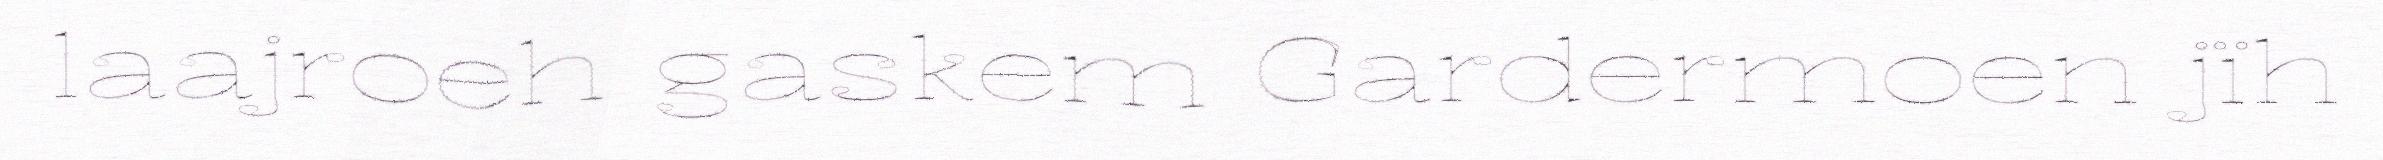
laajroeh gaskem Gardermoen jïh